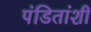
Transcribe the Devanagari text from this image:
पंडितांशी